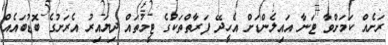
ރަށެއް ކަމަށްވާ ޓަނާ އައިލެންޑަށް އެހީދޭ ފަރާތްތަކުގެ ޓީމުތައް ދިޔައިރު އެރަށުގެ ބޮޑުބައެއް